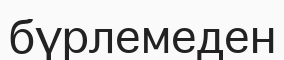
бүрлемеден